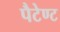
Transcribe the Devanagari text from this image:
पैटेण्ट